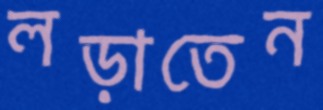
লড়াতেন